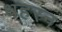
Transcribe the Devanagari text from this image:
धहरन